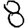
Digit: 8